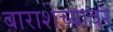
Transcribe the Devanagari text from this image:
बाराशेच्यावर